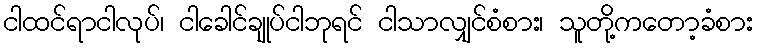
ငါထင်ရာငါလုပ်၊ ငါခေါင်ချုပ်ငါဘုရင် ငါသာလျှင်စံစား၊ သူတို့ကတော့ခံစား